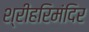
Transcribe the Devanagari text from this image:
श्रीहरिमंदिर